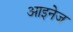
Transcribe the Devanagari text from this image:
आइनेज